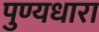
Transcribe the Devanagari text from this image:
पुण्यधारा